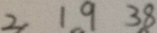
2 1 9 3 8